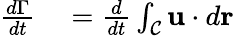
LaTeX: \begin{array}{rl}{\frac{d\Gamma}{dt}}&{{}{}=\frac{d}{dt}\int_{\mathcal{C}}\mathbf{u}\cdot d\mathbf{r}}\end{array}